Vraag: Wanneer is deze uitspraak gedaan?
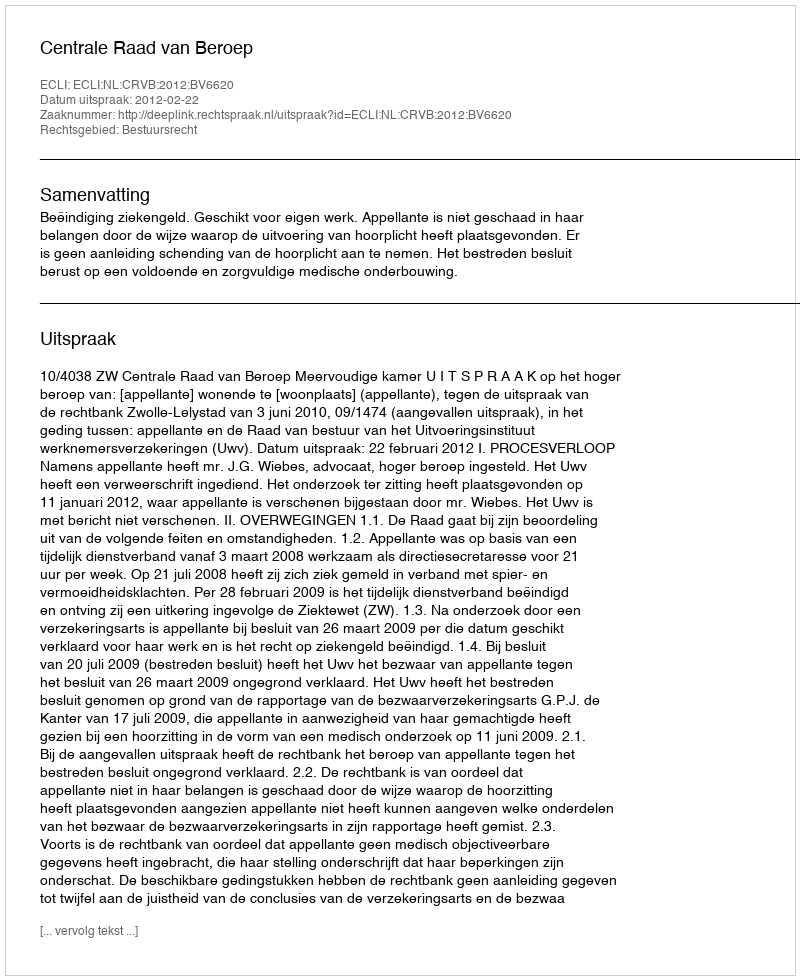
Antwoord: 2012-02-22